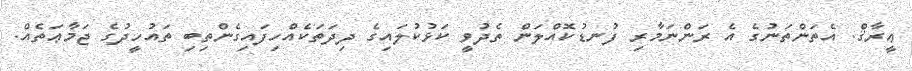
ޢީރާޤް. އެތަންތަނުގެ އެ ރަންނަމާރި ފުނޑުކޮއްލަން ތެދުވީ ކަޅުކުލައިގެ ދިދަތަކެއްހިފައިގެންތިބި ތައުހީދުގެ ޖަމާޢަތެއް.